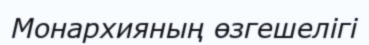
Монархияның өзгешелігі